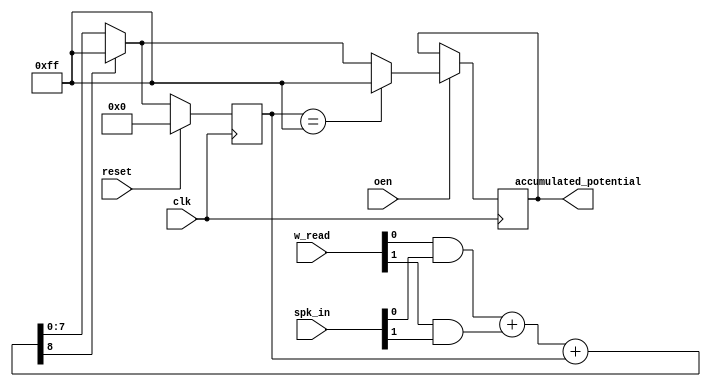
// This program was cloned from: https://github.com/sfmth/OpenSpike
// License: GNU General Public License v3.0

`default_nettype none
`timescale 1ns/1ns

module accumulator (
    input wire [1:0] w_read,
    input wire [1:0] spk_in,
    input wire oen,
    output reg [7:0] accumulated_potential,
    // input wire [8:0] cntr,
    input wire clk, reset
    );

    wire [1:0] synapse;
    wire [8:0] accumulator_next;
    reg [7:0] accumulator_reg;

    always @(posedge clk) begin
        if (reset) begin
            accumulator_reg <= 0;
        end else begin
            if (accumulator_next[8]) begin
                accumulator_reg <= 8'd255;
            end else begin
                accumulator_reg <= accumulator_next;
            end
        end
    end

    assign synapse[0] = w_read[0] & spk_in[0];
    assign synapse[1] = w_read[1] & spk_in[1];

    assign accumulator_next = synapse[0] + synapse[1] + accumulator_reg;



    always @(posedge clk) begin
        if (oen == 1) begin
            if (accumulator_reg == 8'd255) begin
                accumulated_potential <= 8'd255;
            end else begin
                if (accumulator_next[8]) begin
                    accumulated_potential <= 8'd255;
                end else begin
                    accumulated_potential <= accumulator_next;
                end
            end
        end
    end

    `ifdef COCOTB_SIM
    initial begin
    $dumpfile ("accumulator.vcd");
    $dumpvars (0, accumulator);
    #1;
    end
    `endif

endmodule